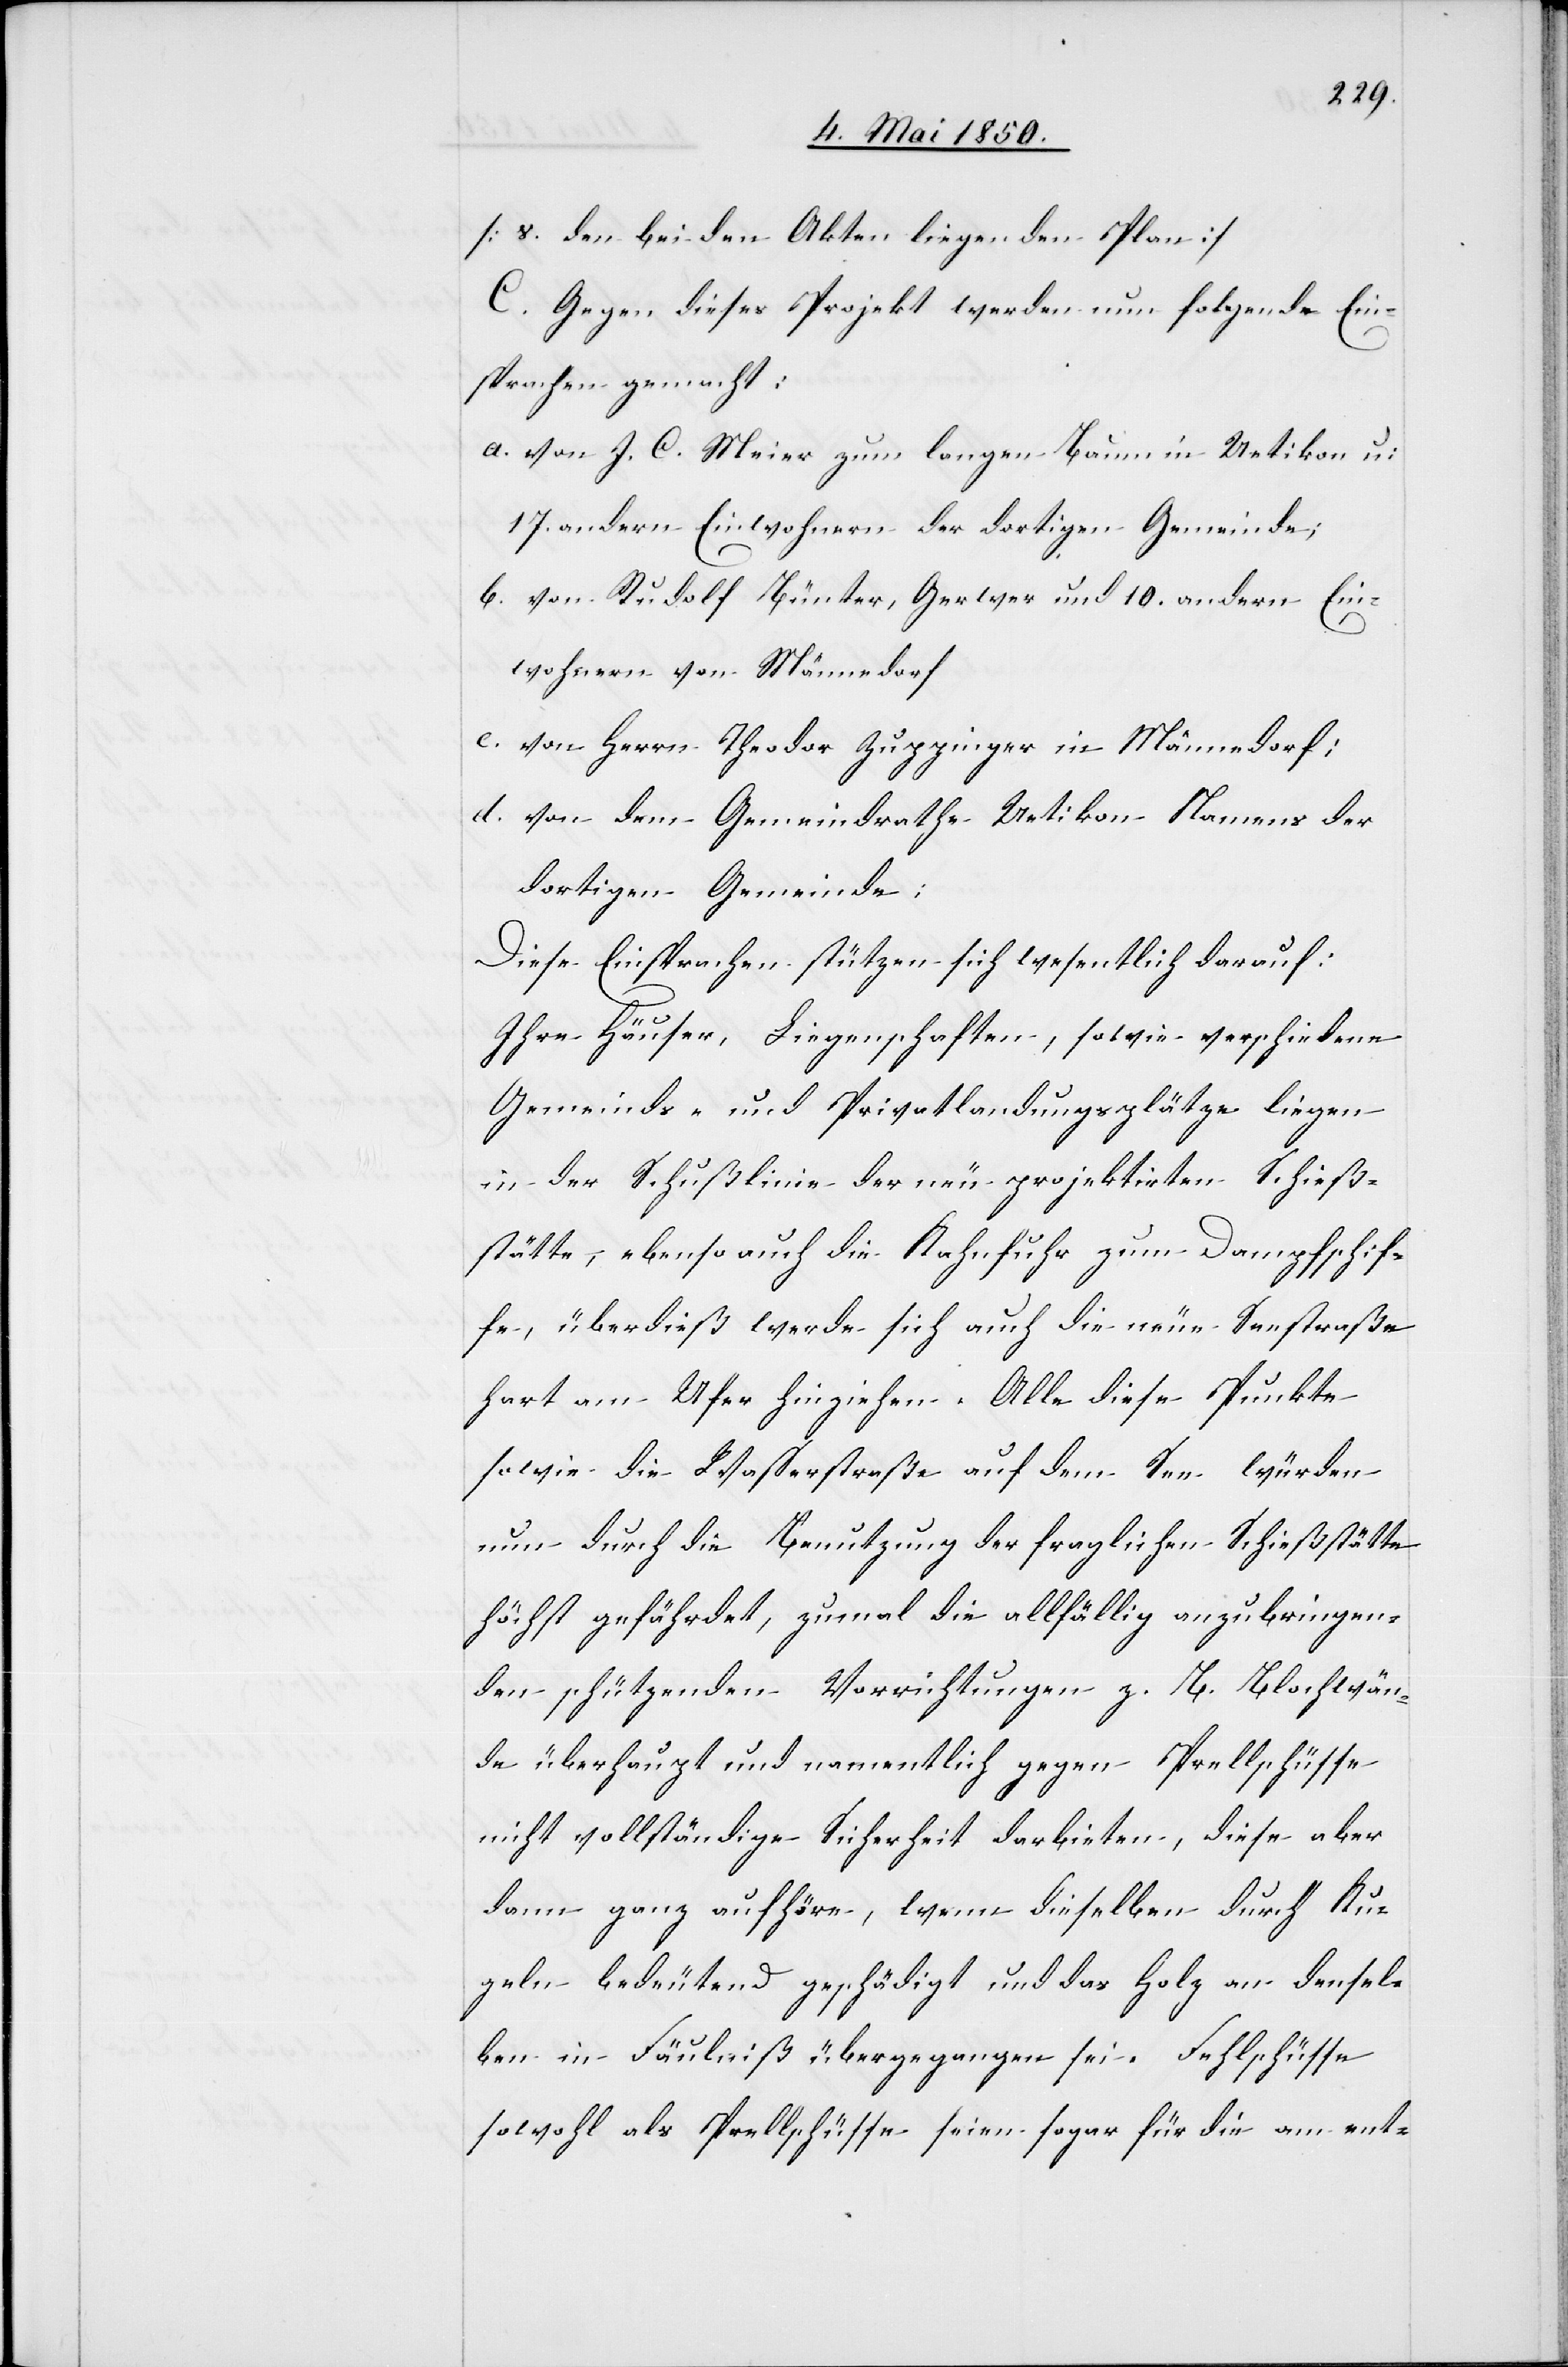
[s. den bei den Akten liegenden Plan]
C. Gegen dieses Projekt werden nun folgende Ein¬
sprachen gemacht:
a. von J. C. Meier zum langen Baum in Uetikon u:
17. andern Einwohnern der dortigen Gemeinde;
b. von Rudolf Bünter, Gerwer und 10. andern Ein¬
wohnern von Männedorf
c. von Herrn Theodor Zuppinger in Männedorf;
d. von dem Gemeindrathe Uetikon Namens der
dortigen Gemeinde:
Diese Einsprachen stützen sich wesentlich darauf:
Ihre Häuser, Liegenschaften, sowie verschiedene
Gemeinds- und Privatlandungsplätze liegen
in der Schußlinie der neu projektirten Schieß¬
stätte, ebenso auch die Kahnfuhr zum Dampfschif¬
fe, überdieß werde sich auch die neue Seestraße
hart am Ufer hinziehen. Alle diese Punkte
sowie die Wasserstraße auf dem See würden
nun durch die Benutzung der fraglichen Schießstätte
höchst gefährdet, zumal die allfällig anzubringen¬
den schützenden Vorrichtungen z. B. Blochwän¬
de überhaupt und namentlich gegen Prellschüsse
nicht vollständige Sicherheit darbieten, diese aber
dann ganz aufhöre, wenn dieselben durch Ku¬
geln bedeutend geschädigt und das Holz an densel¬
ben in Fäulniß übergegangen sei. Fehlschüsse
sowohl als Prellschüsse seien sogar für die am ent-